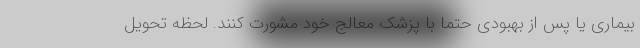
بیماری یا پس از بهبودی حتماً با پزشک معالج خود مشورت کنند. لحظه تحویل